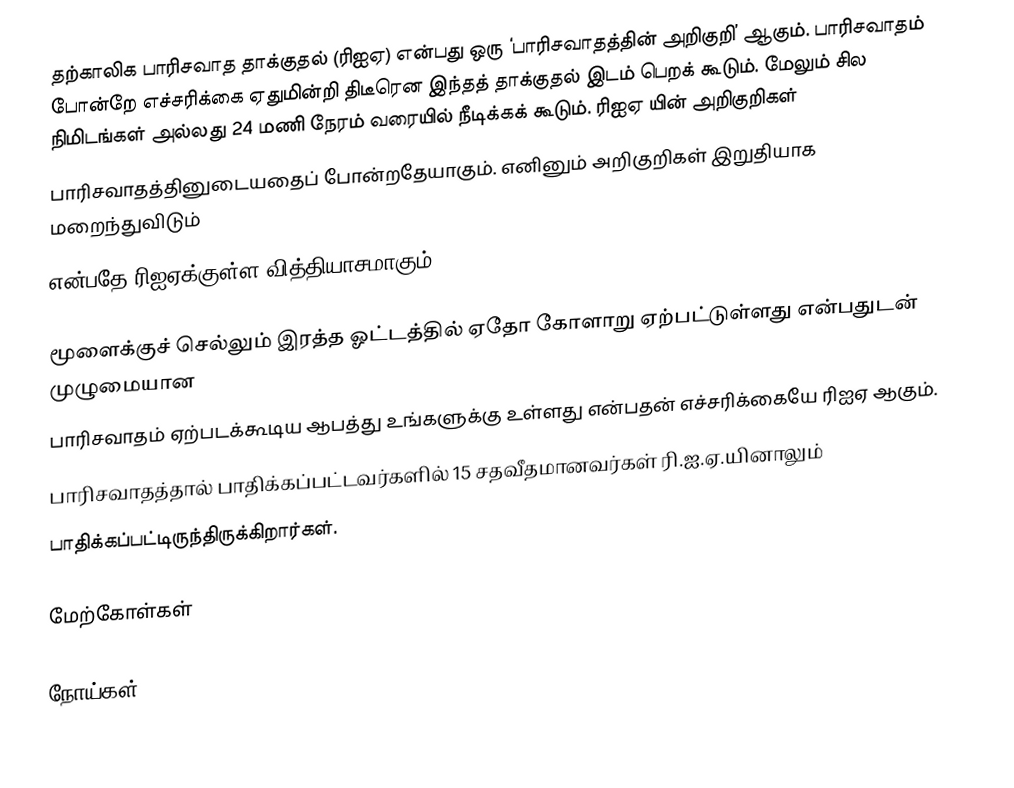
தற்காலிக பாரிசவாத தாக்குதல் (ரிஐஏ) என்பது ஒரு ‘பாரிசவாதத்தின் அறிகுறி’ ஆகும். பாரிசவாதம் போன்றே எச்சரிக்கை ஏதுமின்றி திடீரென இந்தத் தாக்குதல் இடம் பெறக் கூடும். மேலும் சில நிமிடங்கள் அல்லது 24 மணி நேரம் வரையில் நீடிக்கக் கூடும். ரிஐஏ யின் அறிகுறிகள்
பாரிசவாதத்தினுடையதைப் போன்றதேயாகும். எனினும் அறிகுறிகள் இறுதியாக மறைந்துவிடும்
என்பதே ரிஐஏக்குள்ள வித்தியாசமாகும்.

மூளைக்குச் செல்லும் இரத்த ஓட்டத்தில் ஏதோ கோளாறு ஏற்பட்டுள்ளது என்பதுடன் முழுமையான
பாரிசவாதம் ஏற்படக்கூடிய ஆபத்து உங்களுக்கு உள்ளது என்பதன் எச்சரிக்கையே ரிஐஏ ஆகும்.
பாரிசவாதத்தால் பாதிக்கப்பட்டவர்களில் 15 சதவீதமானவர்கள் ரி.ஐ.ஏ.யினாலும்
பாதிக்கப்பட்டிருந்திருக்கிறார்கள்.

மேற்கோள்கள்

நோய்கள்